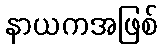
နာယကအဖြစ်